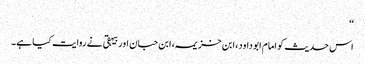
‘‘
اس حدیث کو امام ابو داود، ابن خزیمہ، ابن حبان اور بیہقی نے روایت کیا ہے۔